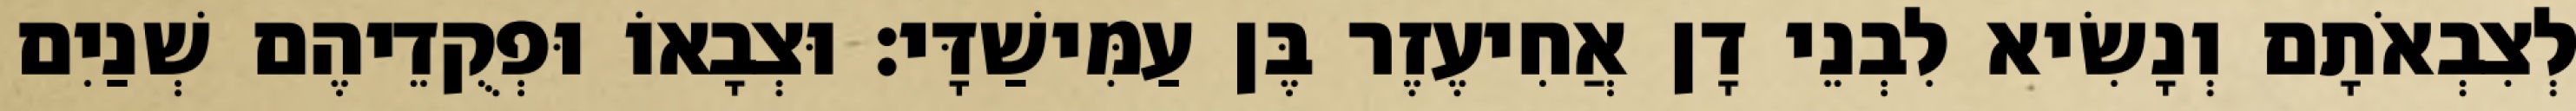
לְצִבְאֹתָם וְנָשִׂיא לִבְנֵי דָן אֲחִיעֶזֶר בֶּן עַמִּישַׁדָּי׃ וּצְבָאוֹ וּפְקֻדֵיהֶם שְׁנַיִם